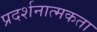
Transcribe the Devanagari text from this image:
प्रदर्शनात्मकता